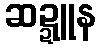
ဆဍ္ဍူန